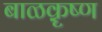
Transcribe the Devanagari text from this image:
बाळक़ॄष्‍ण